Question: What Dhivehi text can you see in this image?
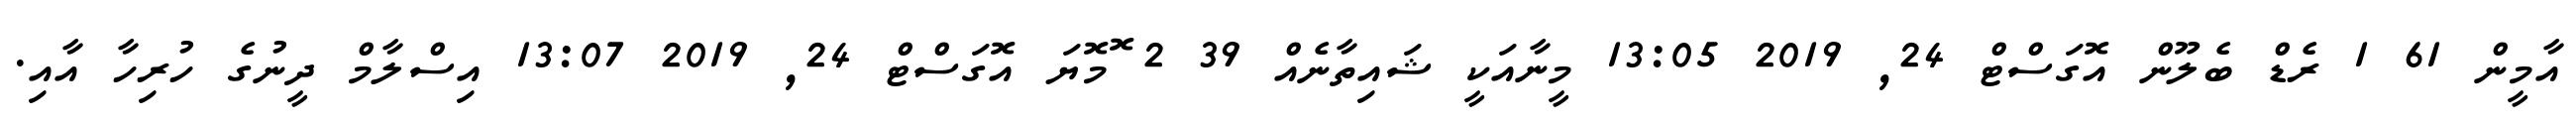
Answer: އާމީން 61 1 ރެޑް ބެލޫން އޮގަސްޓް 24, 2019 13:05 މީނާއަކީ ޝައިތާނެއް 39 2 ޮމޮޔަ އޮގަސްޓް 24, 2019 13:07 އިސްލާމް ދީނުގެ ހުރިހާ އާއި.